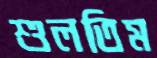
শুলতিম